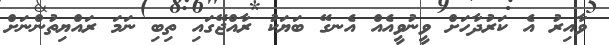
ވާއިރު އެ ކަރުދާހަށް ވީނުވީއެއް އެނގޭ ބަޔަކު ރާއްޖޭގައި ތިބި ނަމަ ރައްޔިތުންނަށް